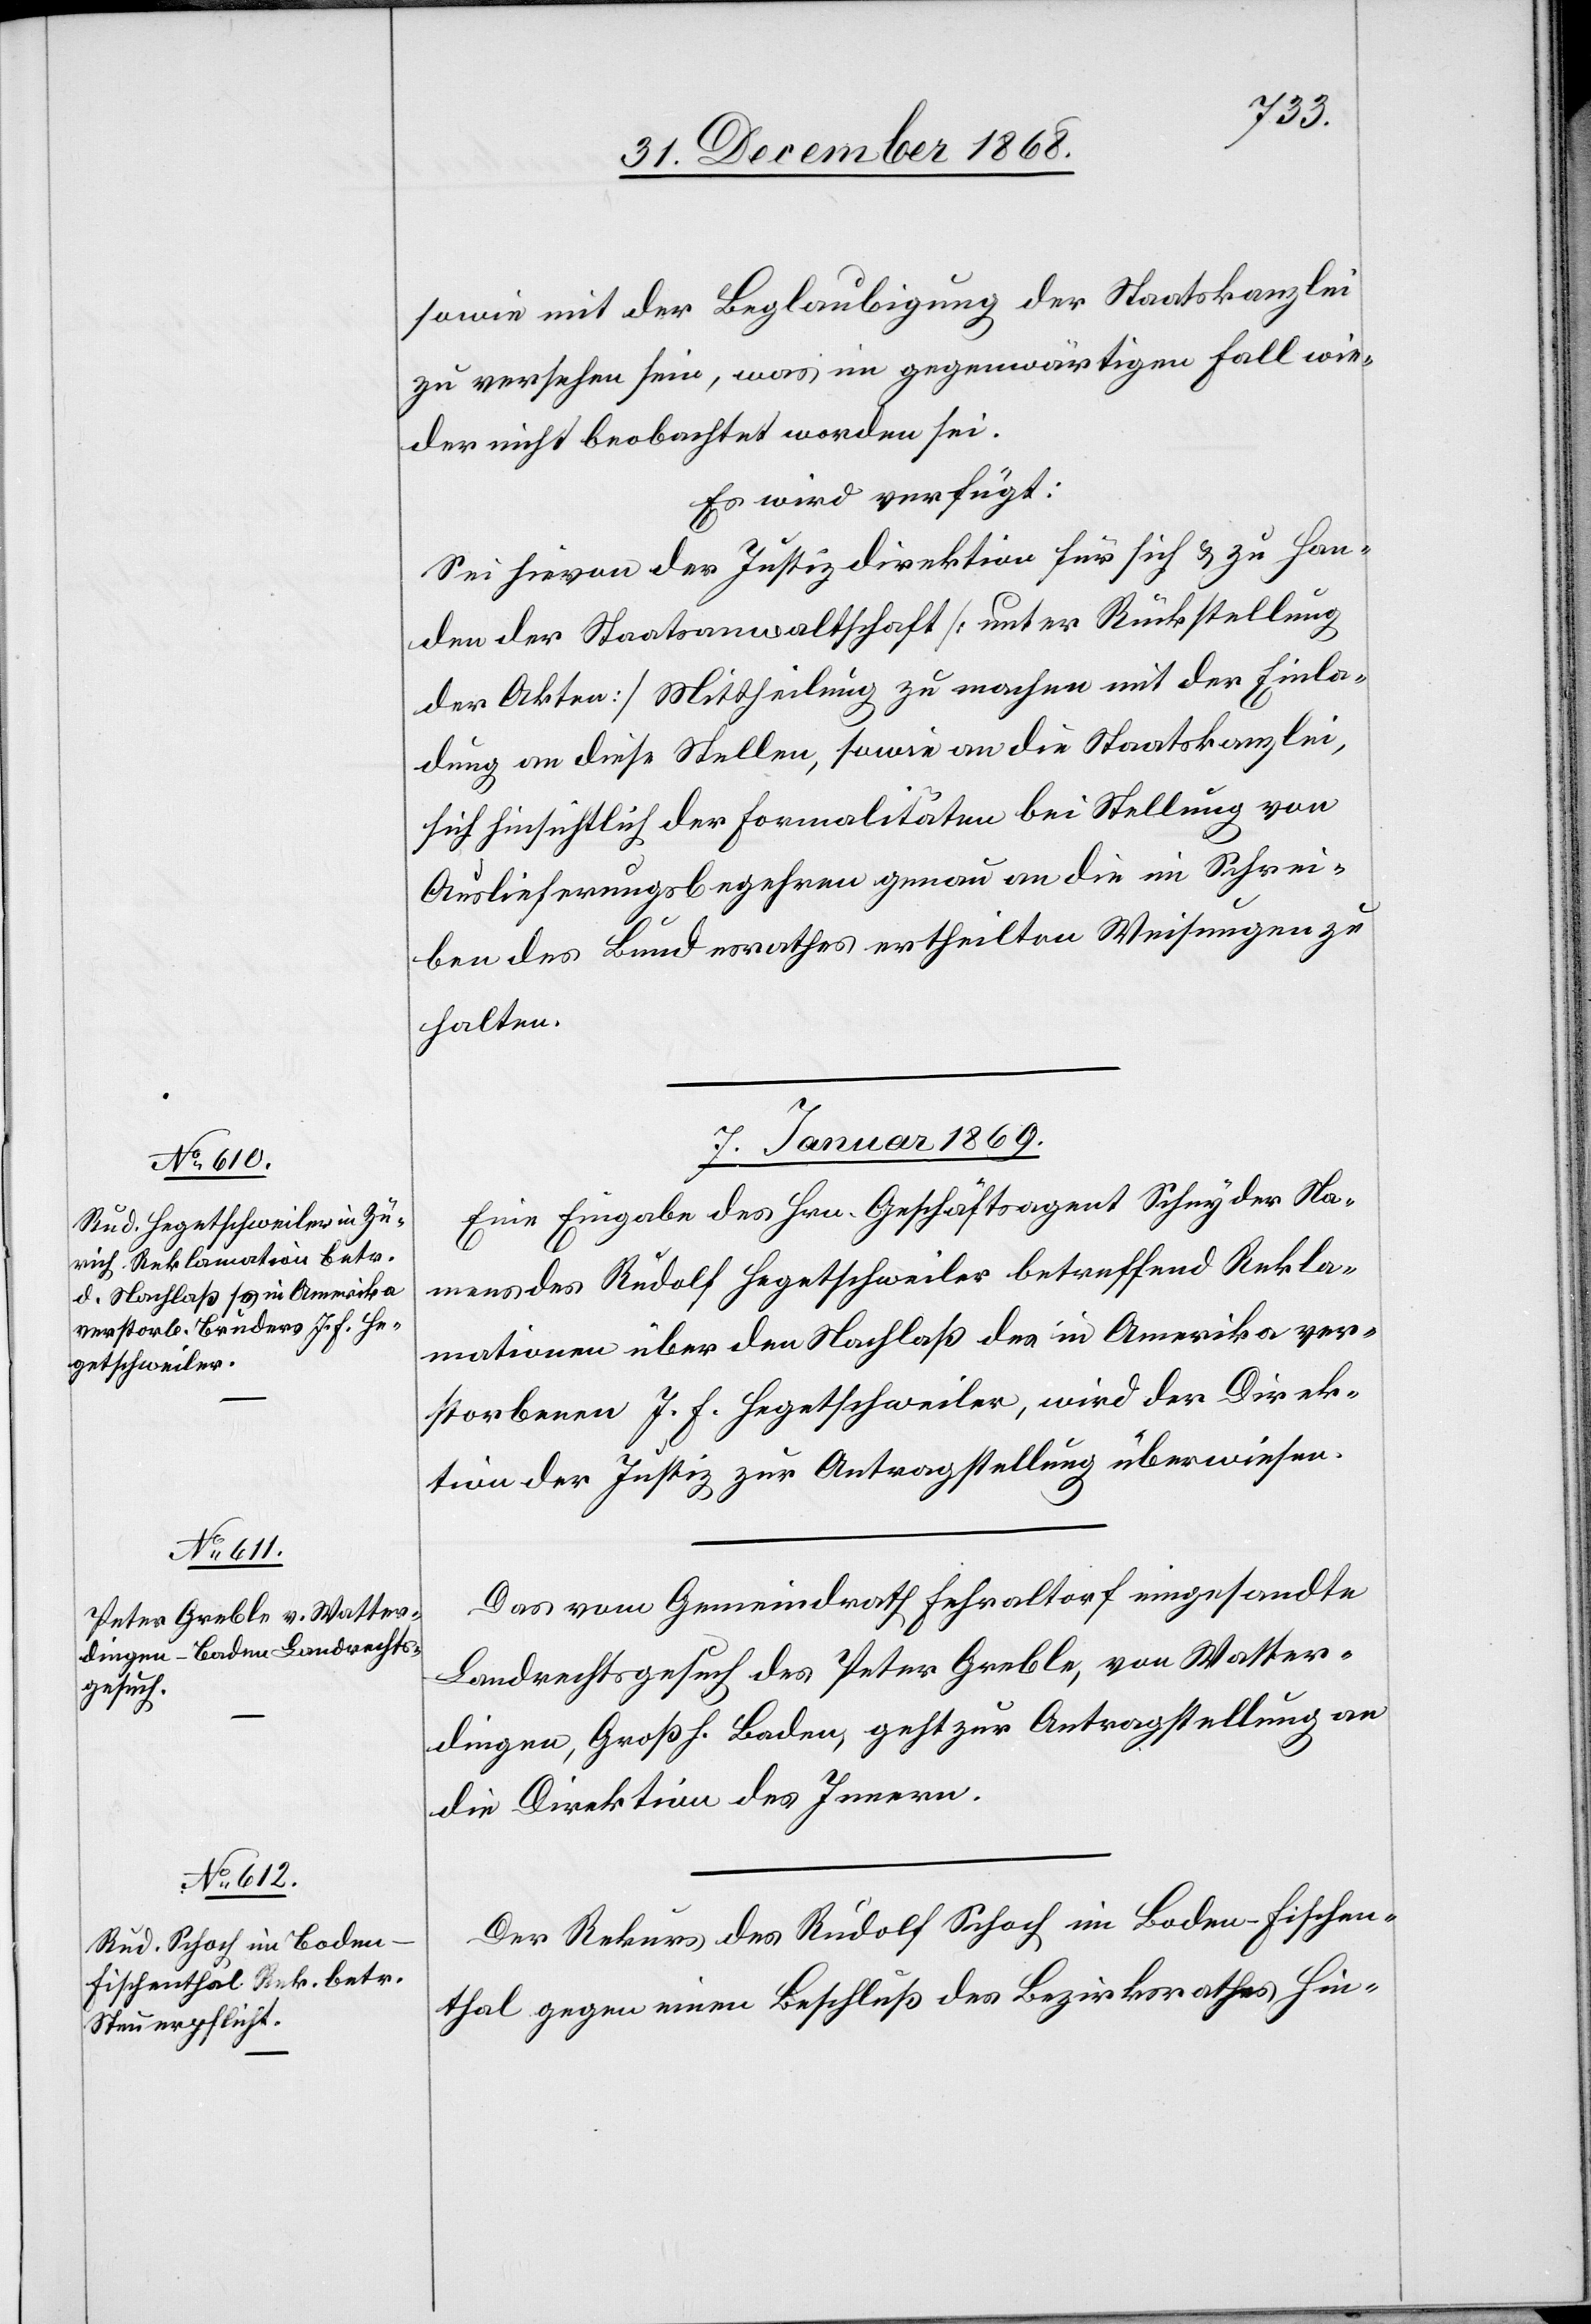
sowie mit der Beglaubigung der Staatskanzlei
zu versehen sein, was im gegenwärtigen Fall wie¬
der nicht beobachtet worden sei.
Es wird verfügt:
Sei hievon der Justizdirektion für sich & zu Han¬
den der Staatsanwaltschaft [unter Rückstellung
der Akten] Mittheilung zu machen mit der Einla¬
dung an diese Stellen, sowie an die Staatskanzlei,
sich hinsichtlich der Formalitäten bei Stellung von
Auslieferungsbegehren genau an die im Schrei¬
ben des Bundesrathes ertheilten Weisungen zu
halten.
7. Januar 1869.]
Eine Eingabe des Hrn. Geschäftsagent Schnyder Na¬
mens des Rudolf Hegetschweiler betreffend Rekla¬
mationen über den Nachlaß des in Amerika ver¬
storbenen J. F. Hegetschweiler, wird der Direk¬
tion der Justiz zur Antragstellung überwiesen.
Das vom Gemeindrath Fehraltorf eingesandte
Landrechtsgesuch des Peter Greble, von Watter¬
dingen, Großh. Baden, geht zur Antragstellung an
die Direktion des Innern.
Der Rekurs des Rudolf Schoch im Boden - Fischen¬
thal gegen einen Beschluß des Bezirksrathes Hin-